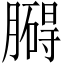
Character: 𦡡